Madras plague regulations in force outside the Presidency town - Volume 2
Disease focus: Plague
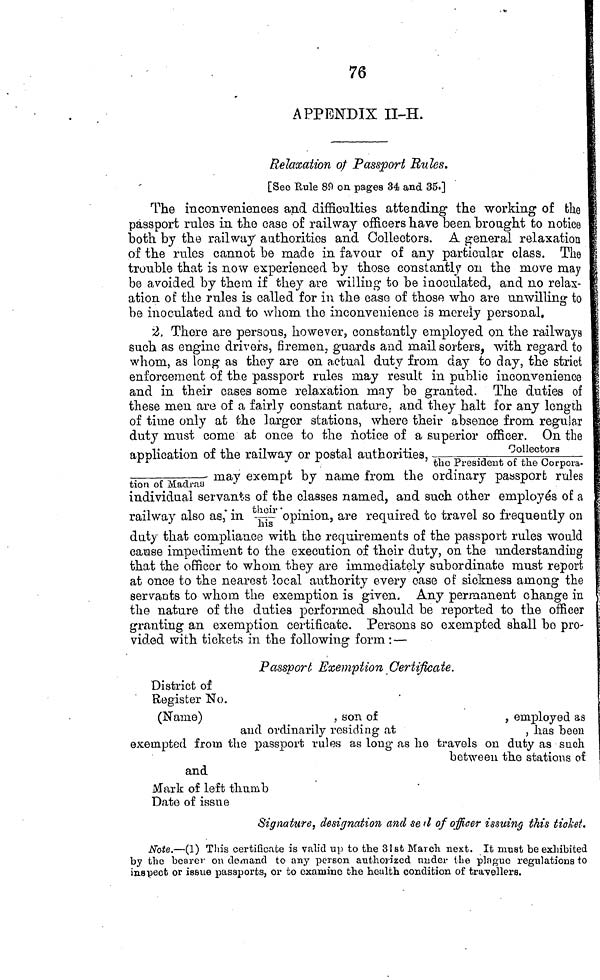
76
i
APPENDIX II-H.
Relaxation of Passport Rules.
[Seo Rule 89 on pages 34 and 35.]
The inconveniences and difficulties attending the working of
the
passport rules in the case of railway officers have been brought to notice
both by the railway authorities and Collectors. A general relaxation
of the rules cannot be made in favour of any particular class. The
trouble that is now experienced by those constantly on the move may|
be avoided by them if they are willing to be inoculated, and no relax-
ation of the rules is called for in the case of those who are unwilling to
be inoculated and to whom the inconvenience is merely personal.
2, There are persons, however, constantly employed on the railways
such as engine drivers, firemen, guards and mail sorters, with regard to
whom, as long as they are on actual duty from day to day, the strict
enforcement of the passport rules may result in public inconvenience
and in their cases some relaxation may be granted. The duties of
these men are of a fairly constant nature, and they halt for any length
of time only at the larger stations, where their absence from regular
duty must come at once to the notice of a superior officer. On the
application of the railway or postal authorities, -------------- Collectors
the
president
of the Corpora-
may exempt by name from the ordinary passport rules
tion o£ Madras
individual servants of the classes named, and such other employés of a
railway also as in their his opinion, are required to travel so frequently on
duty that compliance with the requirements of the passport rules would
cause impediment to the execution of their duty, on the understanding
that the officer to whom they are immediately subordinate must report
at once to the nearest local authority every case of sickness among the
servants to whom the exemption is given. Any permanent change in
the nature of the duties performed should be reported to the officer
granting an exemption certificate. Persons so exempted shall bo pro-
vided with tickets in the following form : —
Passport Exemption Certificate.
District of
Register No.
(Name)
, son of
, employed as
arid ordinarily residing at
, has been
exempted from the passport rules as long as he travels on duty as such
between the stations of
and
Mark of left thumb
Date of issue
Signature, designation and seil of officer issuing this ticket.
Note.—(1) This certificate is valid up to the 31st March next. It must be exhibited
by the bearer on demand to any person authorized under the plague regulations to
inspect or issue passports, or to examine the health condition of travellers.